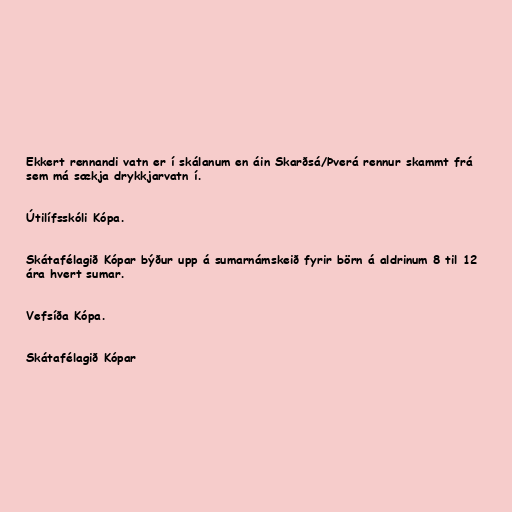
Ekkert rennandi vatn er í skálanum en áin Skarðsá/Þverá rennur skammt frá
sem má sækja drykkjarvatn í.

Útilífsskóli Kópa.

Skátafélagið Kópar býður upp á sumarnámskeið fyrir börn á aldrinum 8 til 12
ára hvert sumar.

Vefsíða Kópa.

Skátafélagið Kópar